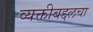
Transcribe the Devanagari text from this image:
व्यक्तीबद्दलचा